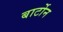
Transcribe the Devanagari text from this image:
बार्टोन